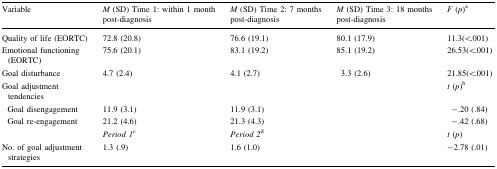
<table><thead><tr><td><b>Variable</b></td><td><b><i>M</i> (SD) Time 1: within 1 month post-diagnosis</b></td><td><b><i>M</i> (SD) Time 2: 7 months post-diagnosis</b></td><td><b><i>M</i> (SD) Time 3: 18 months post-diagnosis</b></td><td><b><i>F</i> (<i>p</i>)<sup>a</sup></b></td></tr></thead><tbody><tr><td>Quality of life (EORTC)</td><td>72.8 (20.8)</td><td>76.6 (19.1)</td><td>80.1 (17.9)</td><td>11.3(&lt;.001)</td></tr><tr><td>Emotional functioning (EORTC)</td><td>75.6 (20.1)</td><td>83.1 (19.2)</td><td>85.1 (19.2)</td><td>26.53(&lt;.001)</td></tr><tr><td>Goal disturbance</td><td>4.7 (2.4)</td><td>4.1 (2.7)</td><td>3.3 (2.6)</td><td>21.85(&lt;.001)</td></tr><tr><td>Goal adjustment tendencies</td><td></td><td></td><td></td><td><i>t</i> (<i>p</i>)<sup>b</sup></td></tr><tr><td> Goal disengagement</td><td>11.9 (3.1)</td><td>11.9 (3.1)</td><td></td><td>−.20 (.84)</td></tr><tr><td> Goal re-engagement</td><td>21.2 (4.6)</td><td>21.3 (4.3)</td><td></td><td>−.42 (.68)</td></tr><tr><td></td><td><i>Period 1</i><sup>c</sup></td><td><i>Period 2</i><sup>d</sup></td><td></td><td><i>t</i> (<i>p</i>)</td></tr><tr><td>No. of goal adjustment strategies</td><td>1.3 (.9)</td><td>1.6 (1.0)</td><td></td><td>−2.78 (.01)</td></tr></tbody></table>